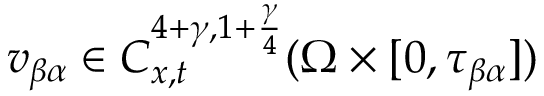
v _ { \beta \alpha } \in C _ { x , t } ^ { 4 + \gamma , 1 + \frac { \gamma } { 4 } } ( \Omega \times [ 0 , \tau _ { \beta \alpha } ] )